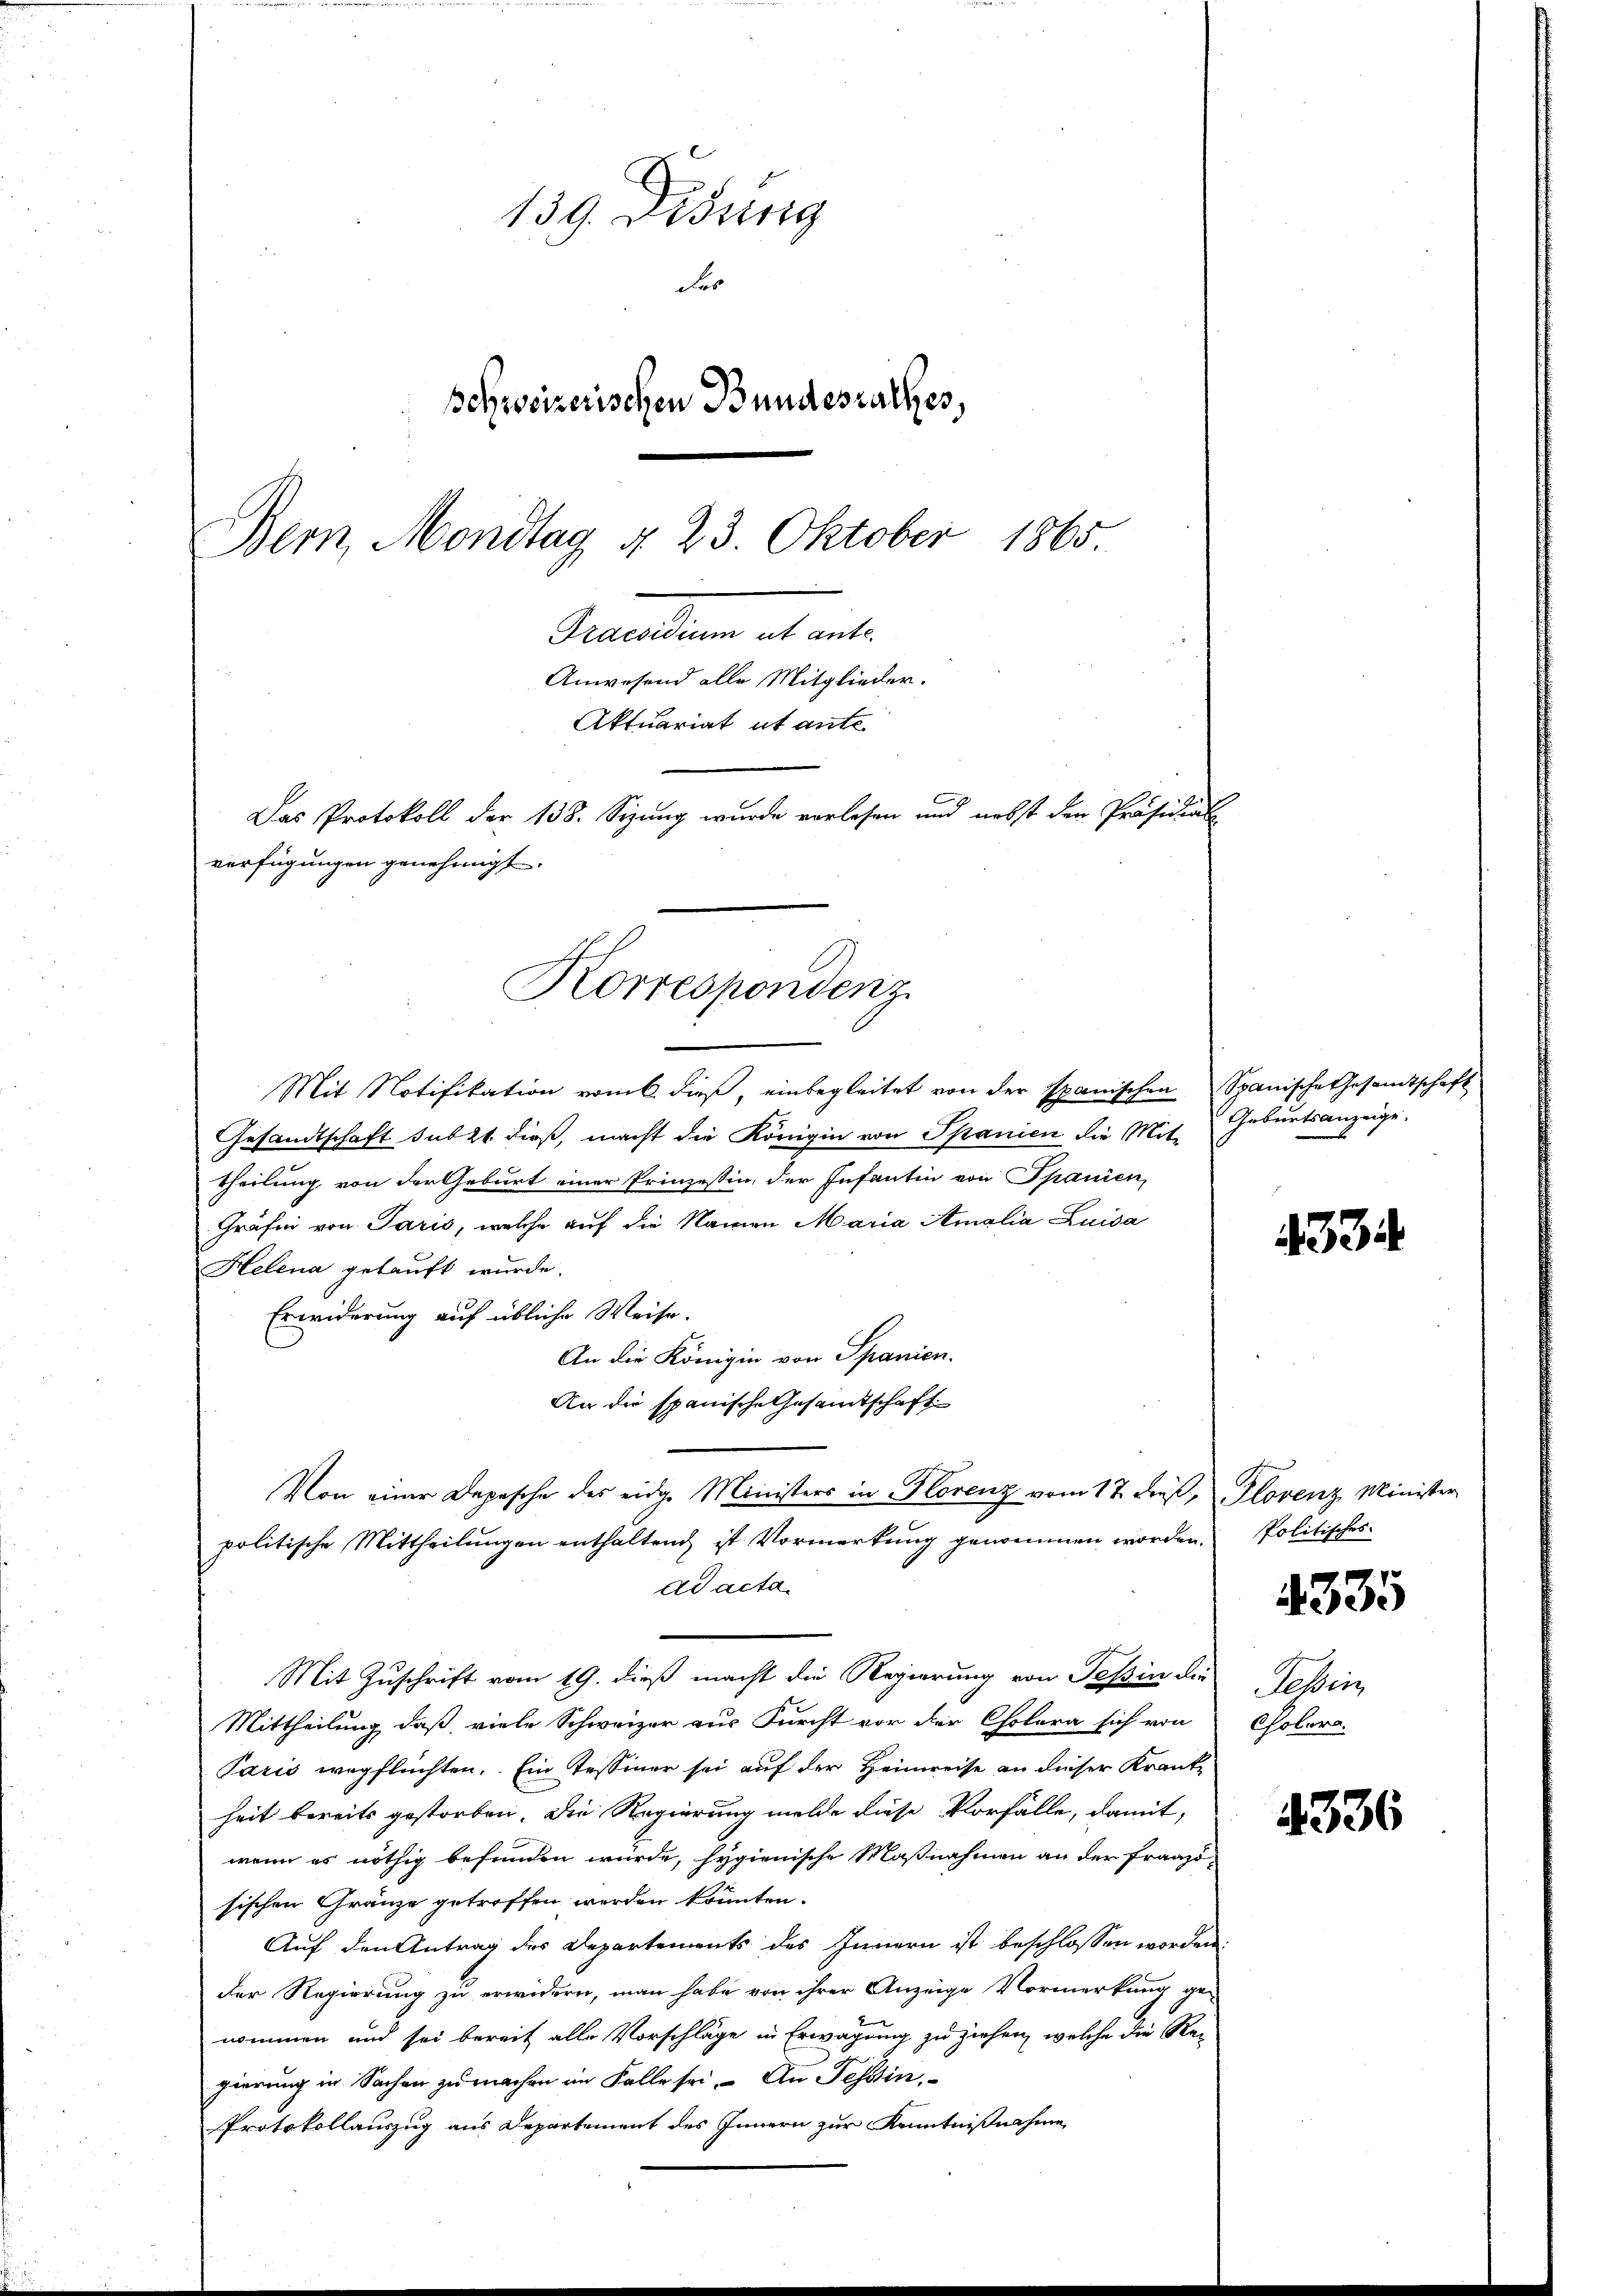
139. Diebung
Fe
schreizerischen Bundesrathes,
1865
Bern, Mondtag d. 23. Oktober
Praesidium ut ante.
Anwesend alle Mitglieder.
Aktuariat et ante
Das Protokoll der 138. Sizung wurde vorlesen und nebst den Präsidial
verfügungen genehmigt.

Mit Notifikation vom 6 dieß, einbegleitet von der Spanischen Spanische Gesandtschaft
Gesandtschaft subst dieß, macht die Königin von Spanien die Mit-
theilung von der Geburt einer Prinzessin, der Infantin von Spanien,
Gräfin von Paris, welche auf die Namen Maria Amalia Luida
Helena gekauft wurde.
Erwiderung auf übliche Weise.
An die Königin von Spanien.
An die spanische Gesamtschaft
Von einer Depesche des eidge Ministers in Florenz vom 17. dieβ, Plovenz Minister
politische Mittheilŭngen enthaltend ist Vormerkŭng genommen worden. Politisches
Ad acta.
Mit Zuschrift vom 19. dieß macht die Regierung von Teßin die Tessin,
Mittheilung, daß viele Schweizer aus Furcht vor der Cholera sich von
Paris wegflüchten. Ein Tessiner sei auf der Heimreise an dieser Krank-
heit bereits gestorben, die Regierung melde diese Vorfälle, damit,
wenn es nöthig befunden würde, hygienische Maßnahmen an der Fraazi-
sischen Gränze getroffen werden könnten.
Auf den Antrag des Departements des Innern ist beschlossen worden:
der Regierung zu erwidern, man habe von ihrer Anzeige Vormerkung ge-
nommen und sei bereit alle Vorschläge in Erwägung zu ziehen, welche die Re-
gierung in Sachen zu machen im Falle sei. An Tessin,
Protokollauszug aus Departement des Innern zur Kenntnißnahme

Korrespondenz

Geburtsanzeige.

Colera.

4334

4335

4336